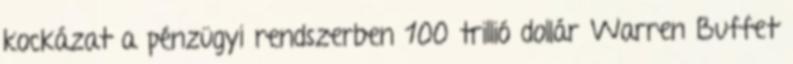
kockázat a pénzügyi rendszerben 100 trillió dollár Warren Buffet